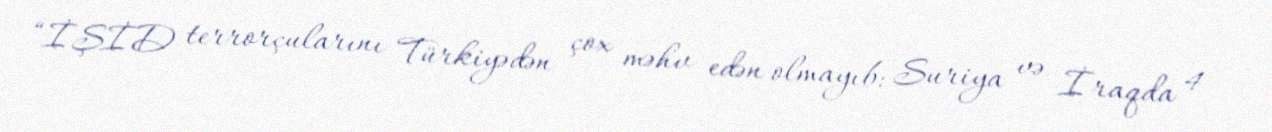
“İŞİD terrorçularını Türkiyədən çox məhv edən olmayıb: Suriya və İraqda 4